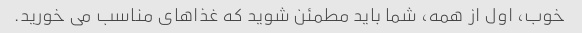
خوب، اول از همه، شما باید مطمئن شوید که غذاهای مناسب می خورید.